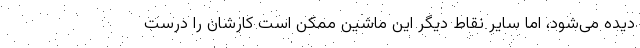
دیده می‌شود، اما سایر نقاط دیگر این ماشین ممکن است کارشان را درست